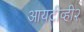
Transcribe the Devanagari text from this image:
आयटीव्ही२